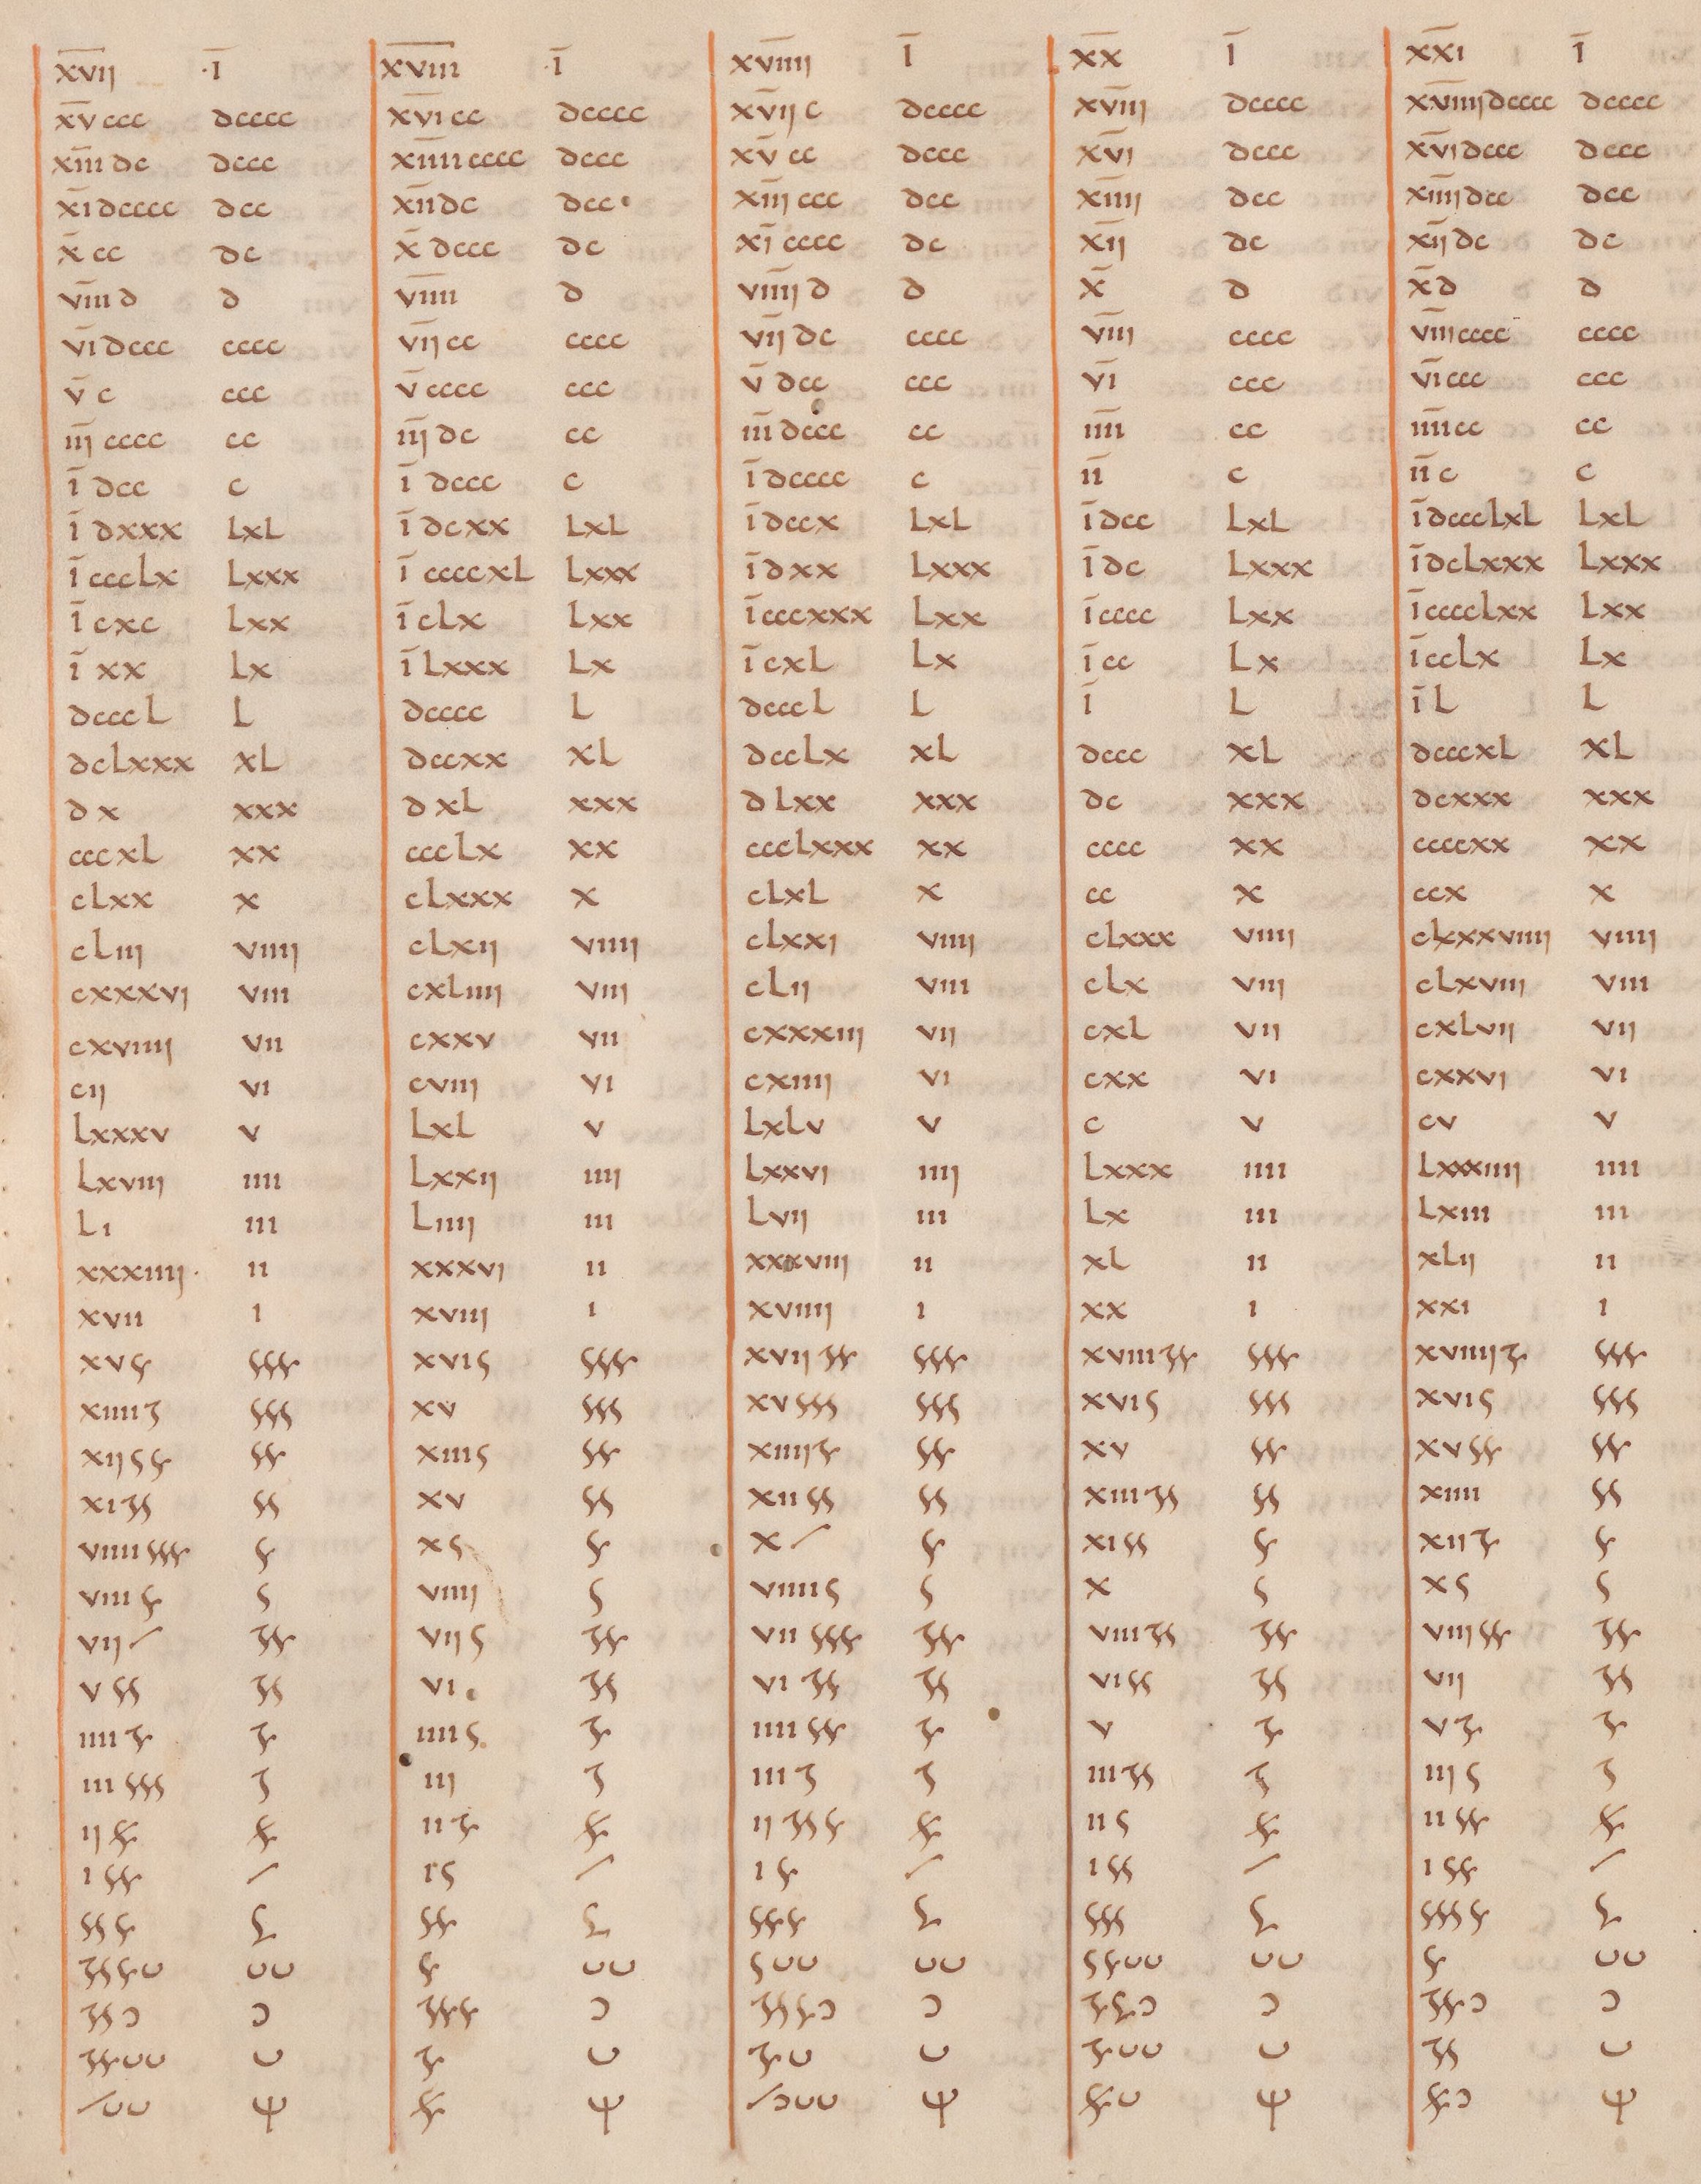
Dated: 825–1000